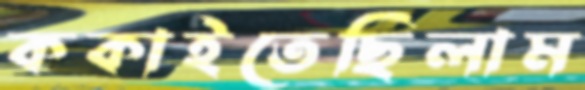
ককাইতেছিলাম